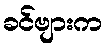
ခင်ဗျားက